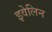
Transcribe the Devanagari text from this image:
इवेलिन